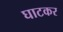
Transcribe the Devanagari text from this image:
घाटकर